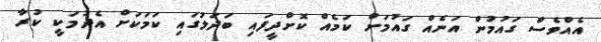
އެއްވެސް ގައުމުން އަނެއް ގައުމަށް ކަމެއް ކޮށްދީފައި ބަދަލުގައި ކަމަކަށް އެދުމަކީ ކުރާ